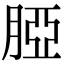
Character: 𦜖